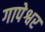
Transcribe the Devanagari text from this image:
गापेश्वर